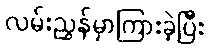
လမ်းညွှန်မှာကြားခဲ့ပြီး